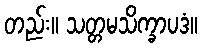
တည်း။ သတ္တမသိက္ခာပဒံ။